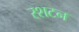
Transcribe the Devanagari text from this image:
रशटन